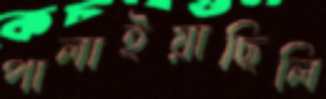
পালাইয়াছিলি